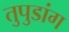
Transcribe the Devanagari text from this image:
तुपुडांग